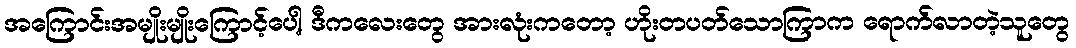
အကြောင်းအမျိုးမျိုးကြောင့်ပေါ့ ဒီကလေးတွေ အားလုံးကတော့ ဟိုးတပတ်သောကြာက ရောက်လာတဲ့သူတွေ